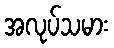
အလုပ်သမား